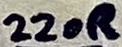
Text: 220R